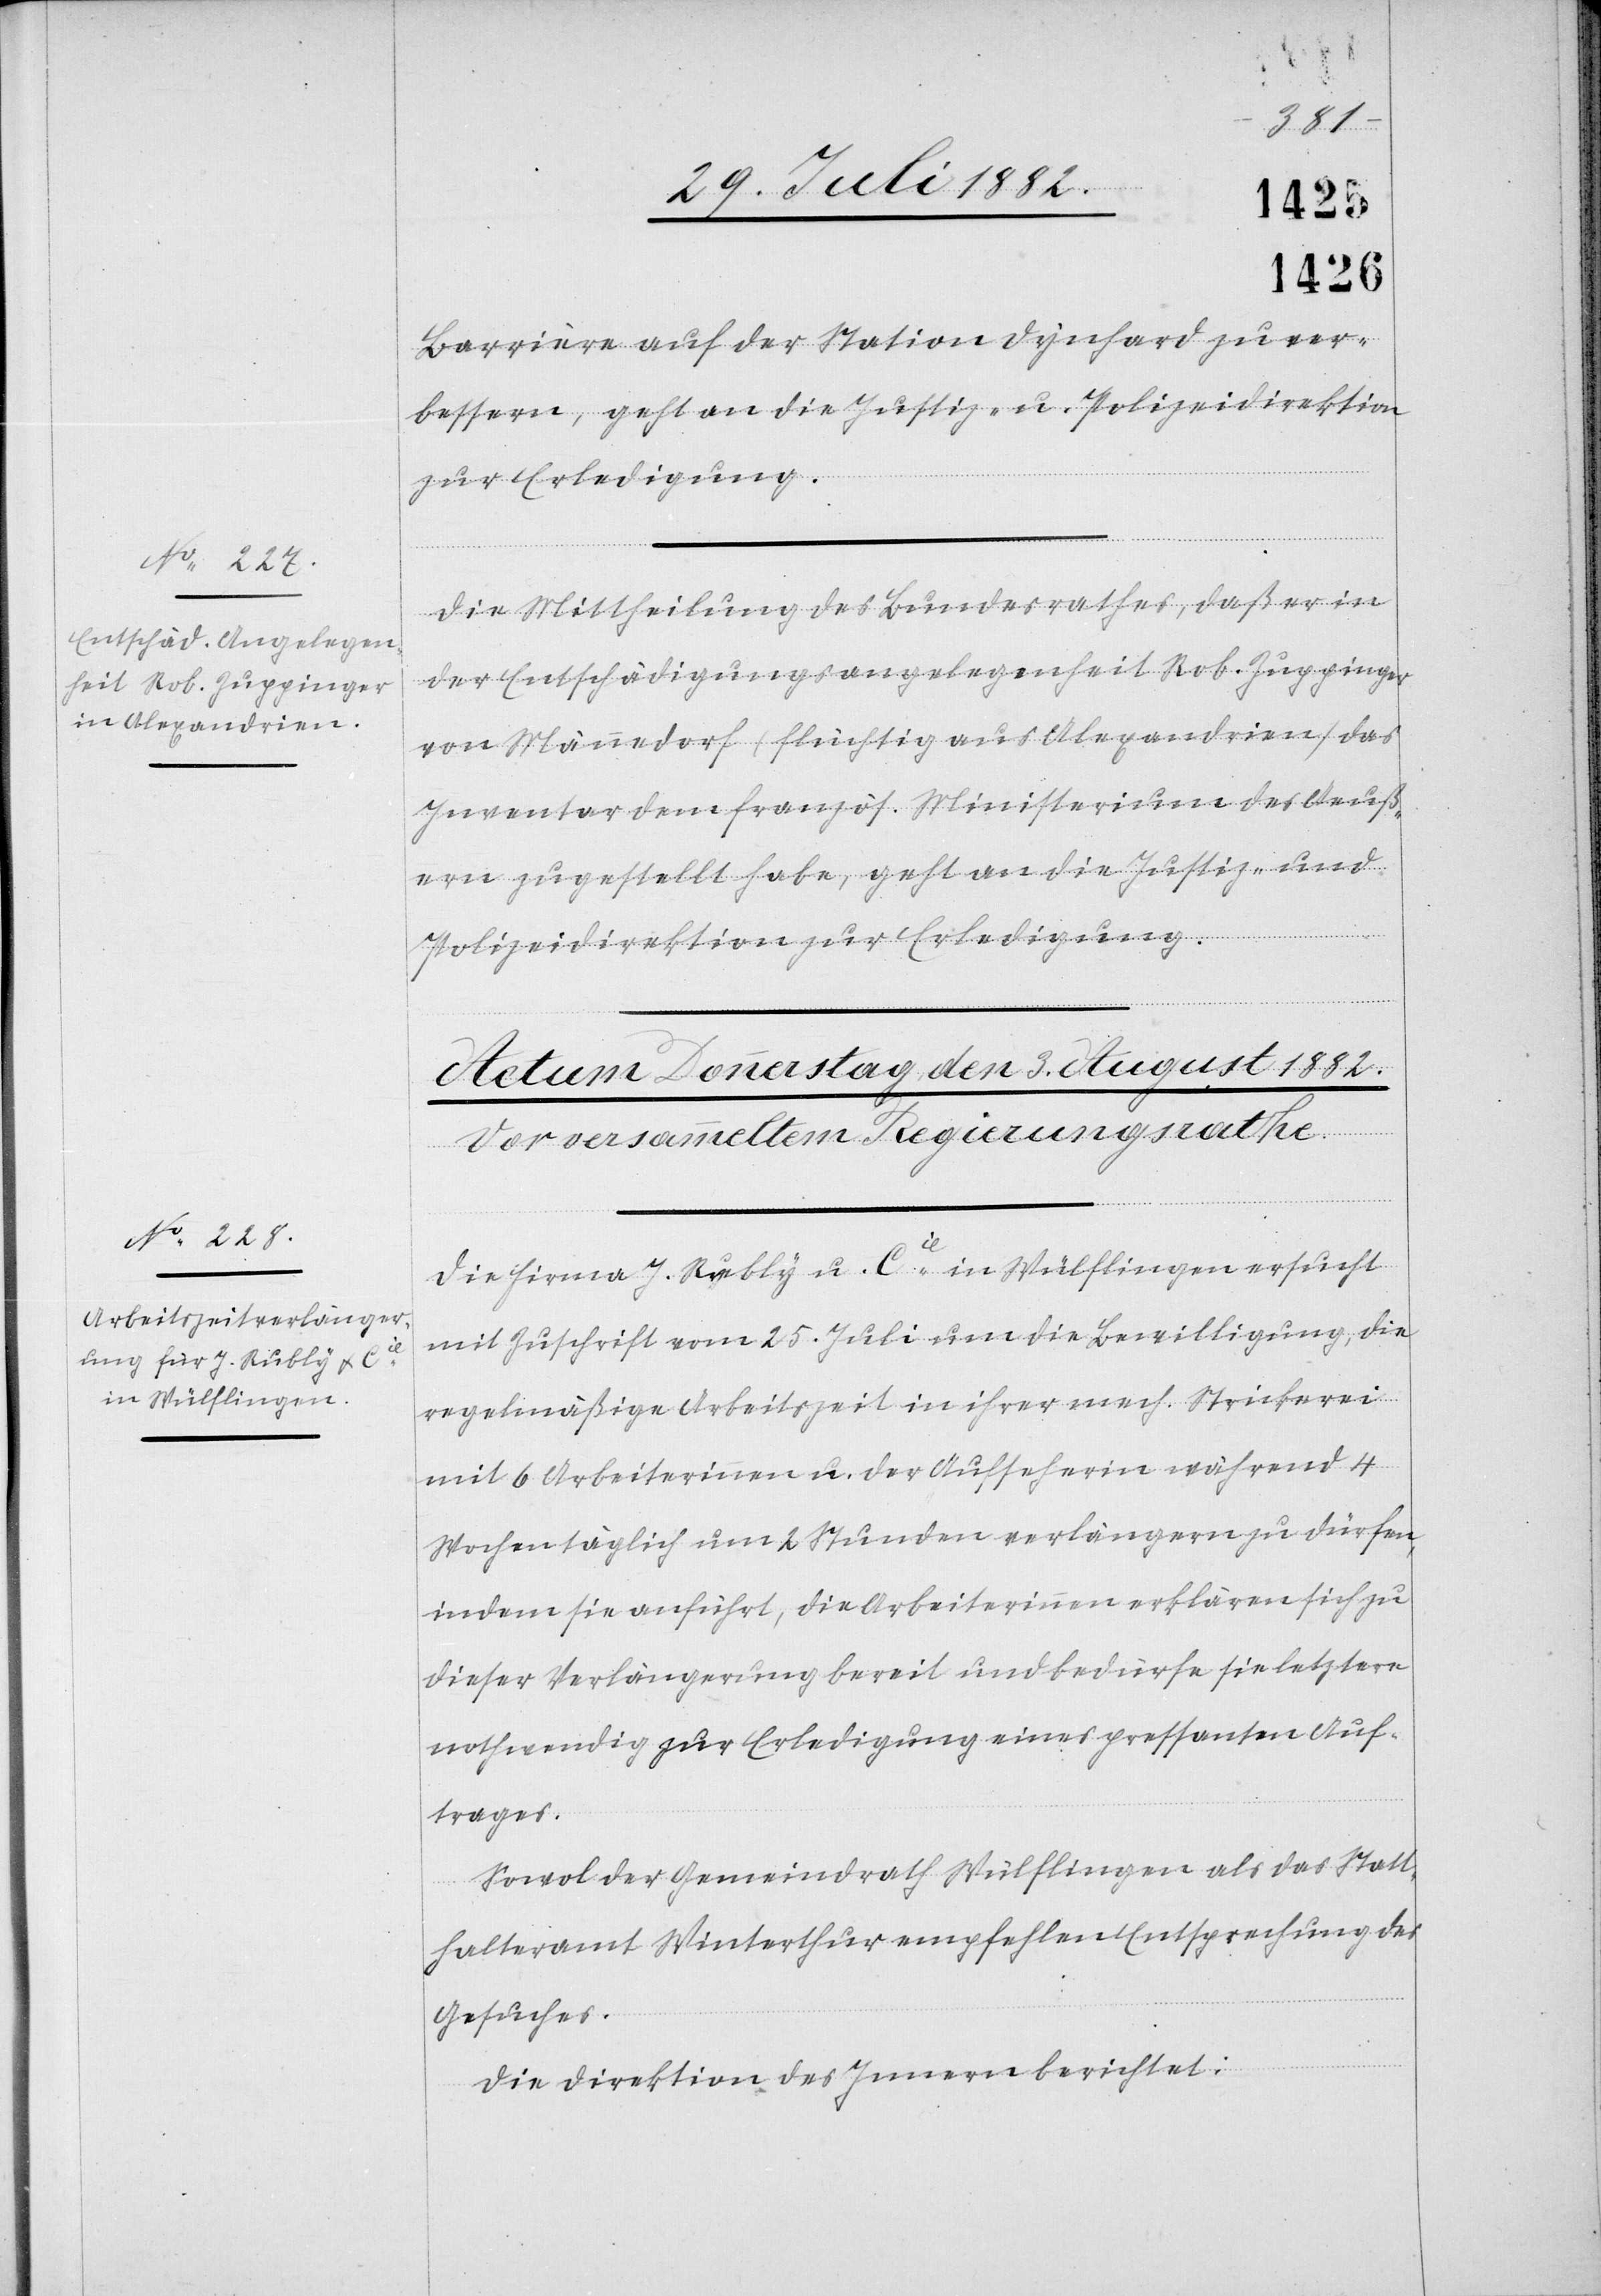
3.
1882.]
Barrière auf der Station Dynhard zu ver¬
bessern, geht an die Justiz- & Polizeidirektion
zur Erledigung.
Die Mittheilung des Bundesrathes, daß er in
der Entschädigungsangelegenheit Rob. Zuppinger
von Männedorf (flüchtig aus Alexandria) das
Inventar dem französ. Ministerium des Aeuß¬
ern zugestellt habe, geht an die Justiz- &
Polizeidirektion zur Erledigung.
Die Firma J. Rubly u. Cie in Wülflingen ersucht
mit Zuschrift vom 25. Juli um die Bewilligung, die
regelmäßige Arbeitszeit in ihrer mech. Strickerei
mit 6 Arbeiterinnen u. der Aufseherin während 4
Wochen täglich um 2 Stunden verlängern zu dürfen,
indem sie anführt, die Arbeiterinnen erklären sich zu
dieser Verlängerung bereit und bedürfe sie letztere
nothwendig zur Erledigung eines pressanten Auf¬
trages.
Sowol der Gemeindrath Wülflingen als das Statt¬
halteramt Winterthur empfehlen Entsprechung des
Gesuches.
Die Direktion des Innern berichtet: